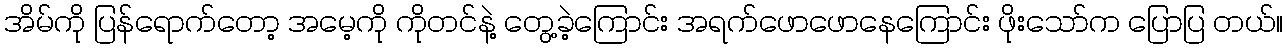
အိမ်ကို ပြန်ရောက်တော့ အမေ့ကို ကိုတင်နဲ့ တွေ့ခဲ့ကြောင်း အရက်ဖောဖောနေကြောင်း ဖိုးသော်က ပြောပြ တယ်။